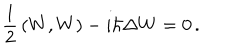
LaTeX: { \frac { 1 } { 2 } } \left( W , W \right) - i \hbar \Delta W = 0 \, .